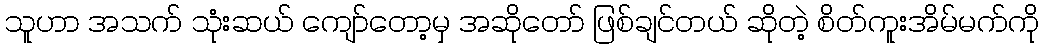
သူဟာ အသက် သုံးဆယ် ကျော်တော့မှ အဆိုတော် ဖြစ်ချင်တယ် ဆိုတဲ့ စိတ်ကူးအိမ်မက်ကို